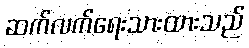
ဆက်လက်ရေးသားထားသည်